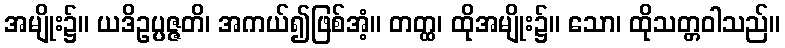
အမျိုး၌။ ယဒိဥပ္ပဇ္ဇတိ၊ အကယ်၍ဖြစ်အံ့။ တတ္ထ၊ ထိုအမျိုး၌။ သော၊ ထိုသတ္တဝါသည်။